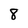
Character: 8